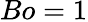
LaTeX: Bo=1